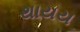
થાયય